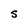
Character: S